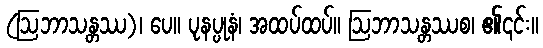
(ဩဘာသန္တဿ)၊ ပေ။ ပုနပ္ပုနံ၊ အထပ်ထပ်။ ဩဘာသန္တဿစ၊ ၏၎င်း။